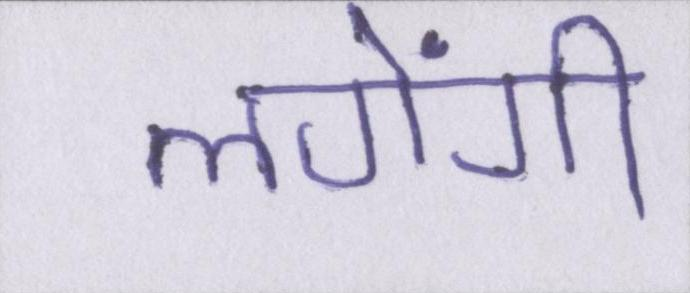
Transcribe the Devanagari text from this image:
लगेंगी